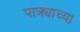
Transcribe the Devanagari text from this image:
पात्र्याच्या